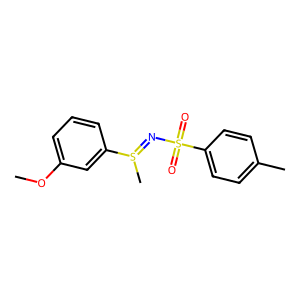
SMILES: COc1cccc(S(C)=NS(=O)(=O)c2ccc(C)cc2)c1
Inhibits HIV replication: No